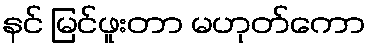
နင် မြင်ဖူးတာ မဟုတ်ကော